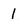
Character: l